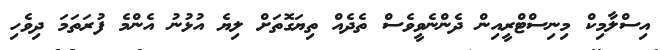
އިސްލާމިކް މިނިސްޓްރީއިން ދެންނެވީވެސް ތެދެއް ތިޔަގޮތަށް ލިޔެ އުޅުނު އެންމެ ފުރަތަމަ ދިވެހި